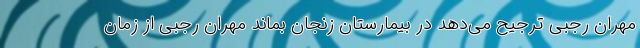
مهران رجبی ترجیح می‌دهد در بیمارستان زنجان بماند مهران رجبی از زمان